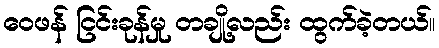
ဝေဖန် ငြင်းခုန်မှု တချို့လည်း ထွက်ခဲ့တယ်။